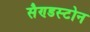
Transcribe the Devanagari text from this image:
सैण्डस्टोन